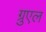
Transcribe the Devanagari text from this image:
ग्रुएल